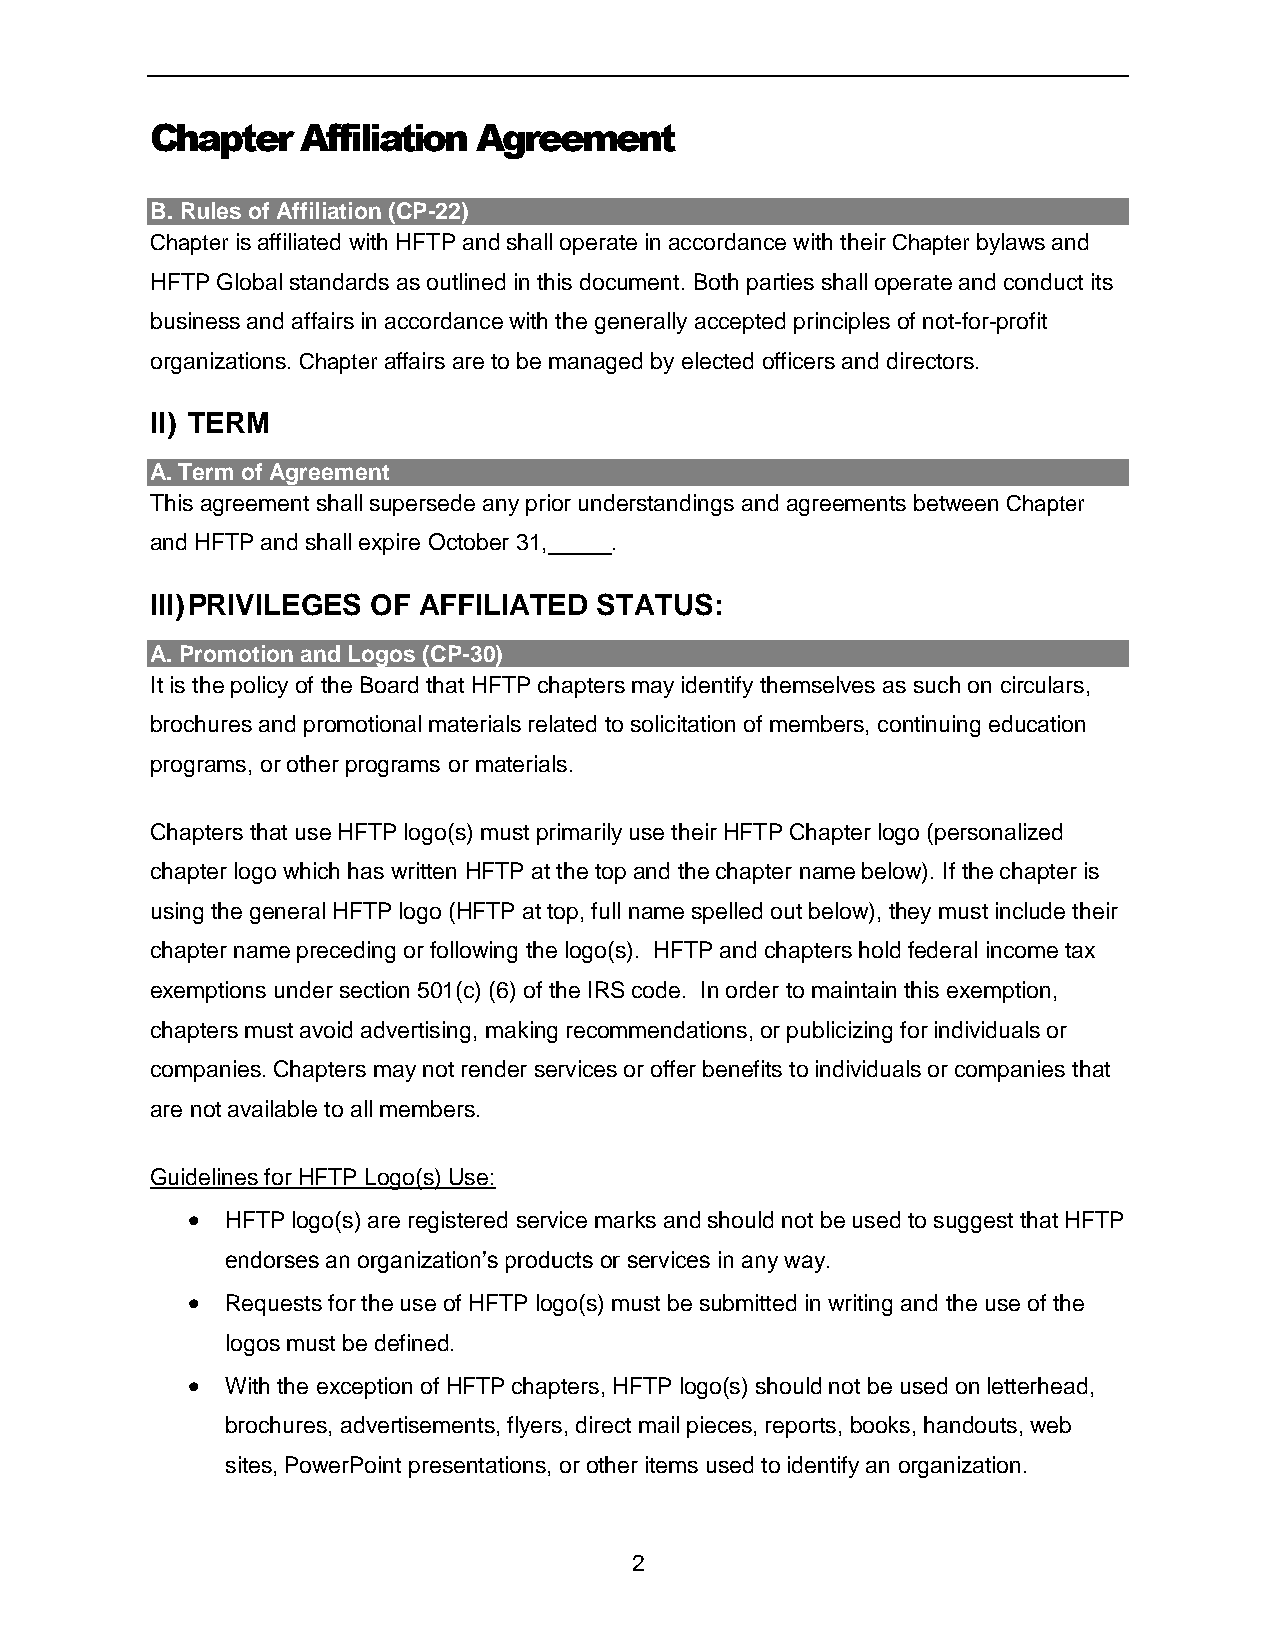
Chapter   Affiliation Agreement
 B. Rules of Affiliation (CP-22)
 Chapter is affiliated with HFTP and shall operate in accordance with their Chapter bylaws and
 HFTP Global standards as outlined in this document. Both parties shall operate and conduct its
 business and affairs in accordance with the generally accepted principles of not-for-profit
 organizations. Chapter affairs are to be managed by elected officers and directors.
 II) TERM
 A. Term of Agreement
 This agreement shall supersede any prior understandings and agreements between Chapter
 and HFTP and shall expire October 31, .
 III) PRIVILEGES OF AFFILIATED STATUS:
 A. Promotion and Logos (CP-30)
 It is the policy of the Board that HFTP chapters may identify themselves as such on circulars,
 brochures and promotional materials related to solicitation of members, continuing education
 programs, or other programs or materials.
 Chapters that use HFTP logo(s) must primarily use their HFTP Chapter logo (personalized
 chapter logo which has written HFTP at the top and the chapter name below). If the chapter is
 using the general HFTP logo (HFTP at top, full name spelled out below), they must include their
 chapter name preceding or following the logo(s). HFTP and chapters hold federal income tax
 exemptions under section 501(c) (6) of the IRS code. In order to maintain this exemption,
 chapters must avoid advertising, making recommendations, or publicizing for individuals or
 companies. Chapters may not render services or offer benefits to individuals or companies that
 are not available to all members.
 Guidelines for HFTP Logo(s) Use:
   HFTP logo(s) are registered service marks and should not be used to suggest that HFTP
 endorses an organization’s products or services in any way.
   Requests for the use of HFTP logo(s) must be submitted in writing and the use of the
 logos must be defined.
   With the exception of HFTP chapters, HFTP logo(s) should not be used on letterhead,
 brochures, advertisements, flyers, direct mail pieces, reports, books, handouts, web
 sites, PowerPoint presentations, or other items used to identify an organization.
 2